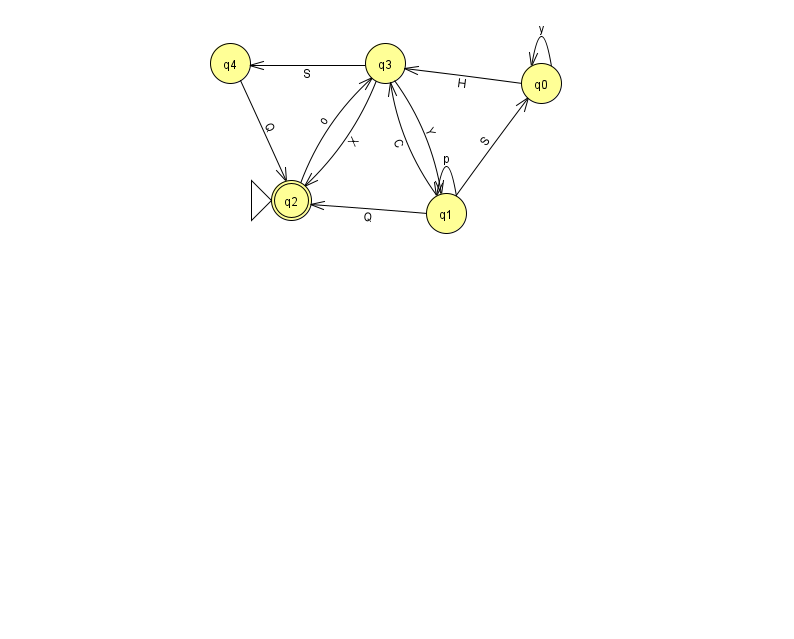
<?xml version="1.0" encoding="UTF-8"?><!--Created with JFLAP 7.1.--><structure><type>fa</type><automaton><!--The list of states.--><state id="0" name="q0"><x>541.0</x><y>70.0</y></state><state id="1" name="q1"><x>446.0</x><y>200.0</y></state><state id="2" name="q2"><x>291.0</x><y>187.0</y><initial/><final/></state><state id="3" name="q3"><x>385.0</x><y>50.0</y></state><state id="4" name="q4"><x>230.0</x><y>50.0</y></state><!--The list of transitions.--><transition><from>1</from><to>1</to><read>p</read></transition><transition><from>1</from><to>2</to><read>Q</read></transition><transition><from>3</from><to>1</to><read>Y</read></transition><transition><from>3</from><to>2</to><read>X</read></transition><transition><from>1</from><to>0</to><read>S</read></transition><transition><from>4</from><to>2</to><read>Q</read></transition><transition><from>2</from><to>3</to><read>o</read></transition><transition><from>0</from><to>3</to><read>H</read></transition><transition><from>0</from><to>0</to><read>y</read></transition><transition><from>1</from><to>3</to><read>C</read></transition><transition><from>3</from><to>4</to><read>S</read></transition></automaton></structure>